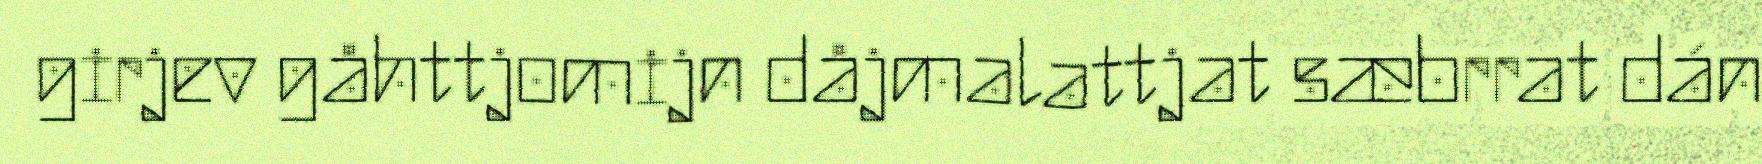
girjev gåhttjomijn dåjmalattjat sæbrrat dán